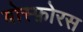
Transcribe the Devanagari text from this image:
बोस्फ़ोरस